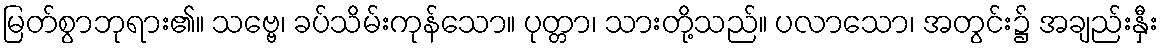
မြတ်စွာဘုရား၏။ သဗ္ဗေ၊ ခပ်သိမ်းကုန်သော။ ပုတ္တာ၊ သားတို့သည်။ ပလာသော၊ အတွင်း၌ အချည်းနှီး